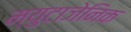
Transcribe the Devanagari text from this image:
म्युटाजेनिक